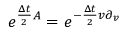
e ^ { \frac { \Delta t } { 2 } A } = e ^ { - \frac { \Delta t } { 2 } v \partial _ { v } }